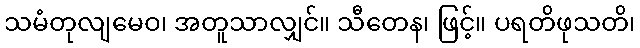
သမံတုလျမေဝ၊ အတူသာလျှင်။ သီတေန၊ ဖြင့်။ ပရတိဖုသတိ၊